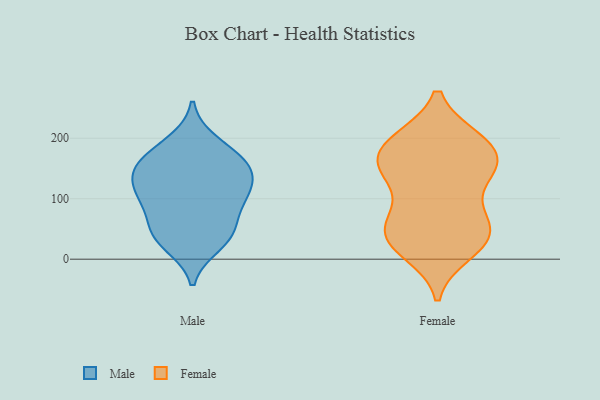
{"axis": {"x": "Energy Usage (MWh)", "y": "Value"}, "legend": ["Female", "Male"], "data": [{"x": "", "y": 101, "type": "Male"}, {"x": "", "y": 153, "type": "Male"}, {"x": "", "y": 157, "type": "Male"}, {"x": "", "y": 138, "type": "Male"}, {"x": "", "y": 40, "type": "Male"}, {"x": "", "y": 25, "type": "Male"}, {"x": "", "y": 93, "type": "Male"}, {"x": "", "y": 193, "type": "Male"}, {"x": "", "y": 42, "type": "Male"}, {"x": "", "y": 148, "type": "Male"}, {"x": "", "y": 111, "type": "Male"}, {"x": "", "y": 107, "type": "Male"}, {"x": "", "y": 173, "type": "Male"}, {"x": "", "y": 49, "type": "Male"}, {"x": "", "y": 20, "type": "Female"}, {"x": "", "y": 198, "type": "Female"}, {"x": "", "y": 11, "type": "Female"}, {"x": "", "y": 58, "type": "Female"}, {"x": "", "y": 149, "type": "Female"}, {"x": "", "y": 68, "type": "Female"}, {"x": "", "y": 25, "type": "Female"}, {"x": "", "y": 124, "type": "Female"}, {"x": "", "y": 32, "type": "Female"}, {"x": "", "y": 71, "type": "Female"}, {"x": "", "y": 60, "type": "Female"}, {"x": "", "y": 149, "type": "Female"}, {"x": "", "y": 147, "type": "Female"}, {"x": "", "y": 197, "type": "Female"}, {"x": "", "y": 154, "type": "Female"}, {"x": "", "y": 197, "type": "Female"}, {"x": "", "y": 173, "type": "Female"}, {"x": "", "y": 198, "type": "Female"}, {"x": "", "y": 40, "type": "Female"}, {"x": "", "y": 157, "type": "Female"}]}